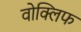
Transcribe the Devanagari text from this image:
वोक्लिफ